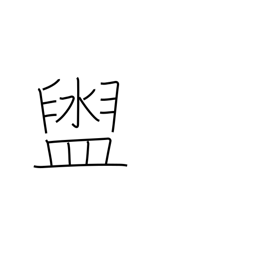
Meaning: washbasin